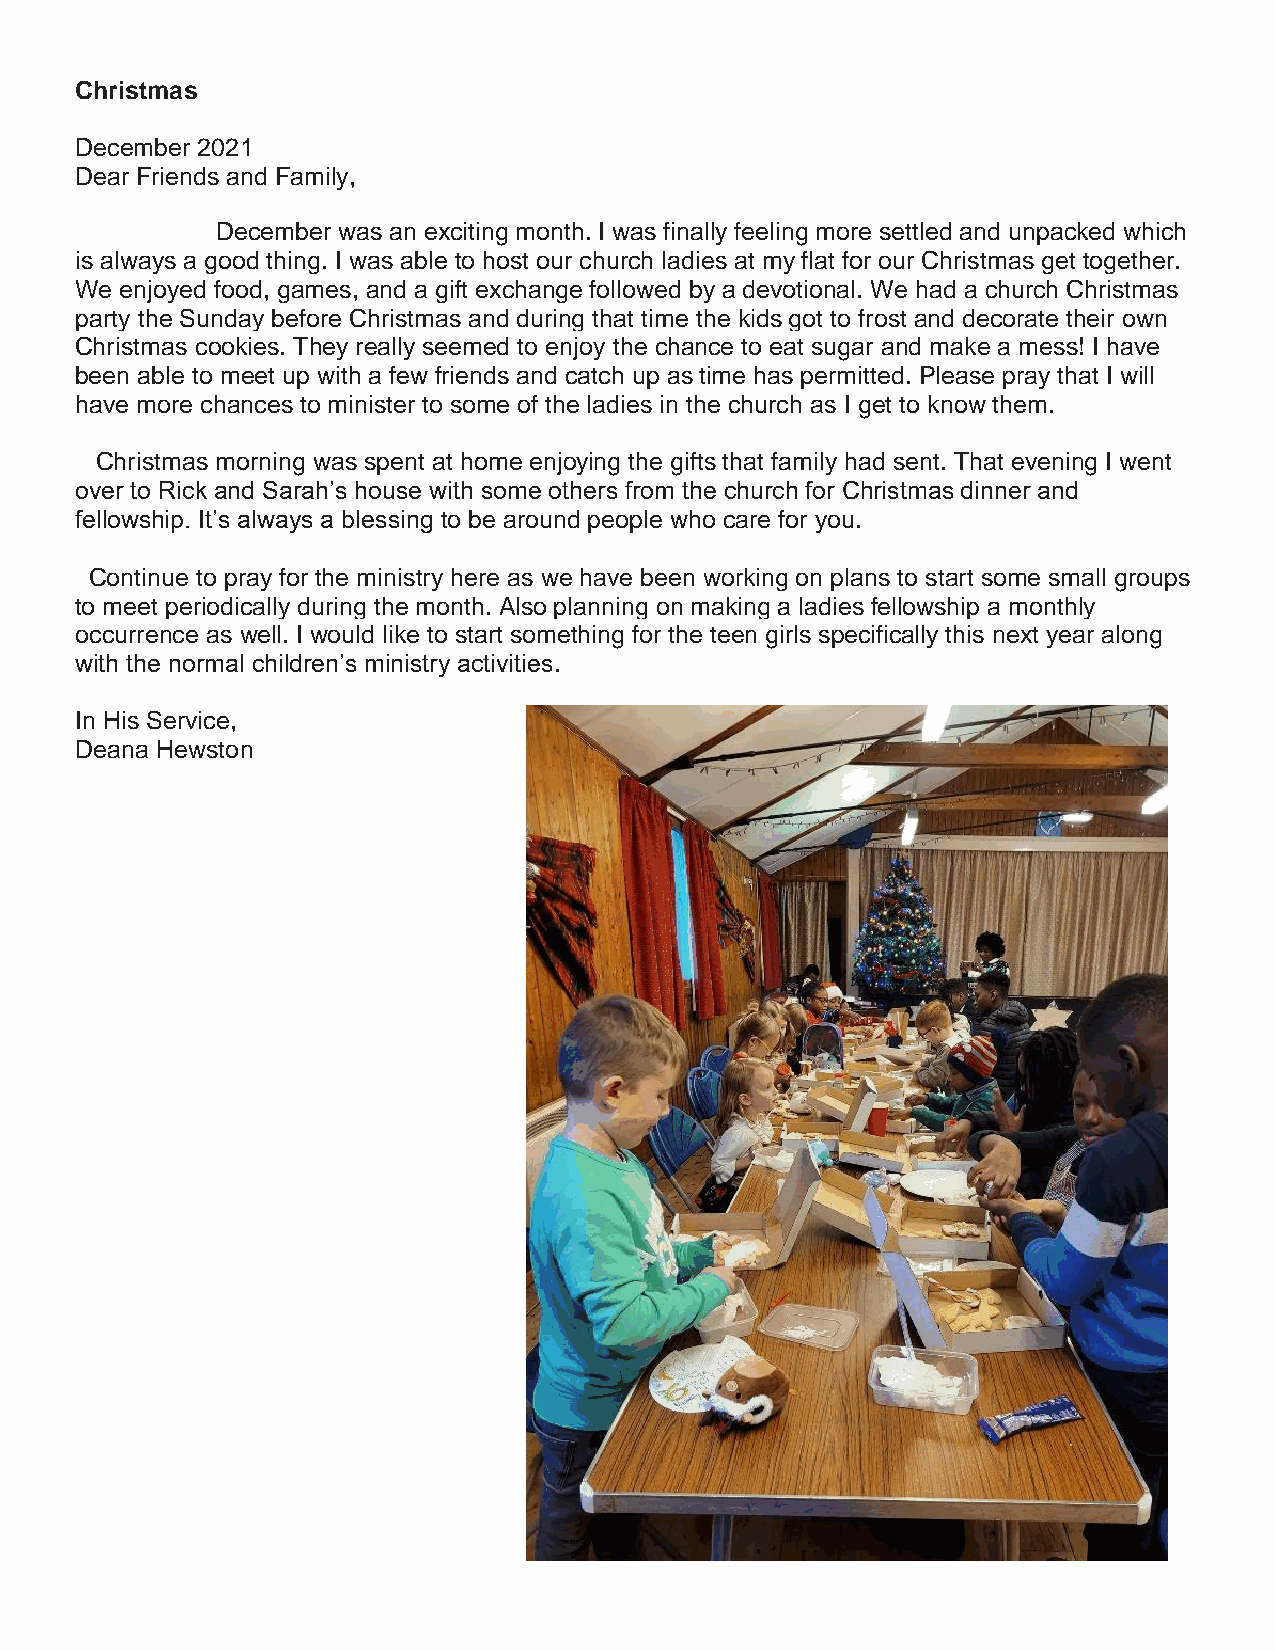
Christmas
 December 2021
 Dear Friends and Family,
 December was an exciting month. I was finally feeling more settled and unpacked which
 is always a good thing. I was able to host our church ladies at my flat for our Christmas get together.
 We enjoyed food, games, and a gift exchange followed by a devotional. We had a church Christmas
 party the Sunday before Christmas and during that time the kids got to frost and decorate their own
 Christmas cookies. They really seemed to enjoy the chance to eat sugar and make a mess! I have
 been able to meet up with a few friends and catch up as time has permitted. Please pray that I will
 have more chances to minister to some of the ladies in the church as I get to know them.
 Christmas morning was spent at home enjoying the gifts that family had sent. That evening I went
 over to Rick and Sarah’s house with some others from the church for Christmas dinner and
 fellowship. It’s always a blessing to be around people who care for you.
 Continue to pray for the ministry here as we have been working on plans to start some small groups
 to meet periodically during the month. Also planning on making a ladies fellowship a monthly
 occurrence as well. I would like to start something for the teen girls specifically this next year along
 with the normal children’s ministry activities.
 In His Service,
 Deana Hewston